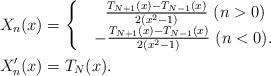
LaTeX: \begin{align*}X_n(x)&=\begin{cases}&\ \ \frac{T_{N+1}(x)-T_{N-1}(x)}{2(x^2-1)}\ (n>0)\\&-\frac{T_{N+1}(x)-T_{N-1}(x)}{2(x^2-1)}\ (n<0).\\\end{cases}\\X'_n(x)&=T_{N}(x).\end{align*}